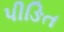
પીઙિત